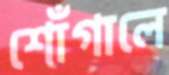
শোঁগালে